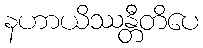
နဟာယိဿန္တီတိပေ